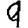
Digit: 9